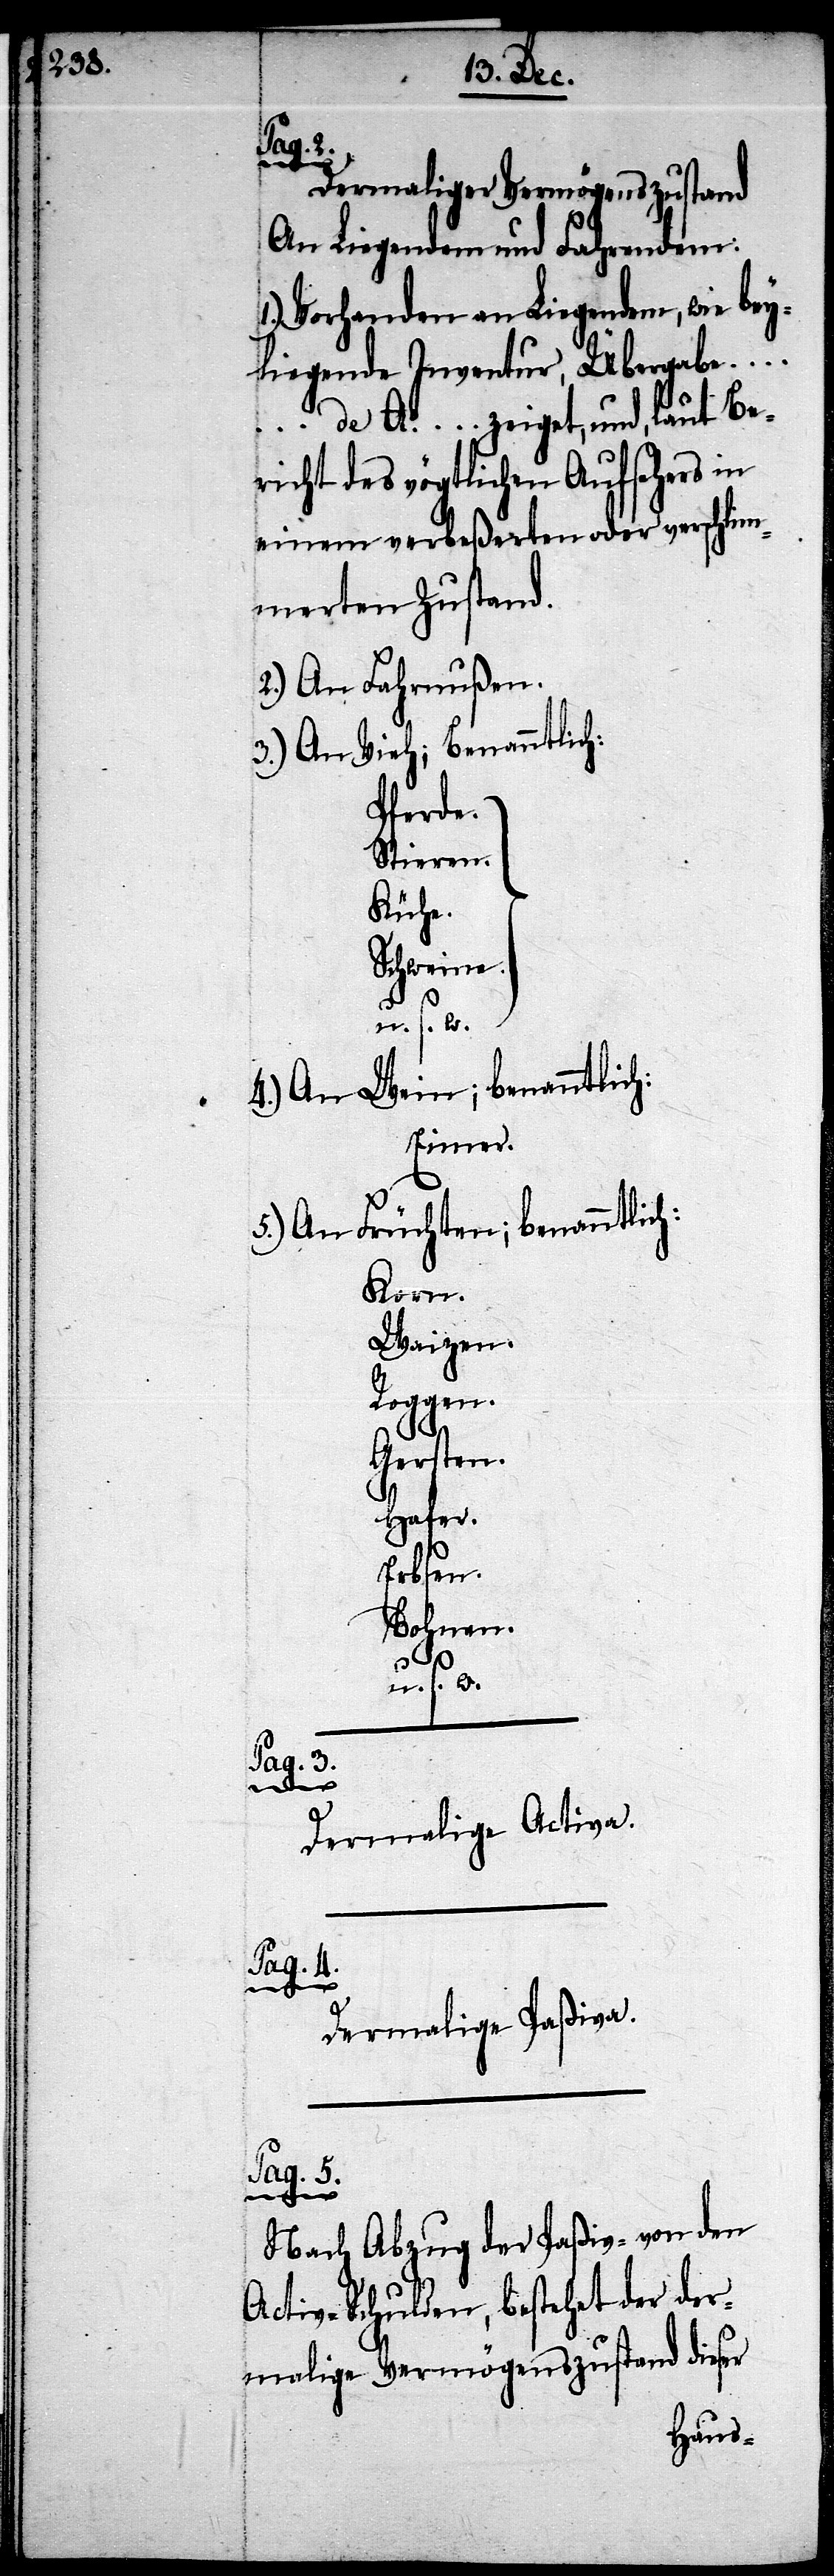
Dermaliger Vermögenszustand
An Liegendem und Fahrendem:
Vorhanden an Liegendem, wie bey¬
________________
de Ao. … zeiget, und, laut Be¬
richt des vögtlichen Aufsehers in
einem verbeßerten oder verschlim¬
merten Zustand
2.) An Fahrnußen.
3.) An Vieh; Benanntlich;
Pferde.
Stieren.
Kühe.
Schweine.
u. s. w.
4.) An Wein; benanntlich:
Eimer.
5.) An Früchten; benanntlich:
Korn.
Weizen.
Roggen.
Gersten.
Hafer.
Erbsen.
Bohnen.
Pag.
3.
Dermalige Activa.
Pag. 4.
Dermalige Paßiva.
Pag. 5.
Nach Abzug der Paßiv- von den
Activ-Schulden, bestehet der der¬
malige Vermögenszustand dieser